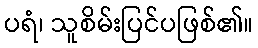
ပရံ၊ သူစိမ်းပြင်ပဖြစ်၏။